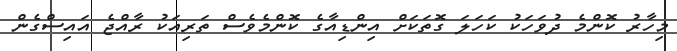
މިހާރު ކޮންމެ ދުވަހަކު ކަހަލަ ގޮތަކަށް އިންޑިއާގެ ކޮންމެވެސް ތަރިއަކު ރާއްޖެ އައިސްގެން